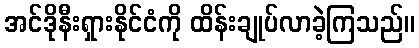
အင်ဒိုနီးရှားနိုင်ငံကို ထိန်းချုပ်လာခဲ့ကြသည်။